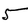
Character: 5